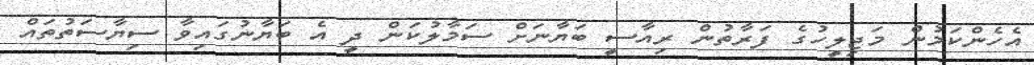
އެހެންކަމުން މަޖިލީހުގެ ފަރާތުން ރިއާސީ ބަޔާނަށް ސަމާލުކަން ދީ އެ ބަޔާނުގައިވާ ސިޔާސަތުތައް